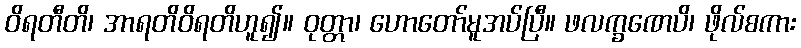
ဝိရတီတိ၊ အာရတိဝိရတိဟူ၍။ ဝုတ္တာ၊ ဟောတော်မူအပ်ပြီ။ ဖလက္ခဏေပိ၊ ဖိုလ်စကား